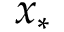
x _ { * }